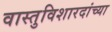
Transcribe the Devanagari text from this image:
वास्तुविशारदांच्या